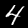
Digit: 4